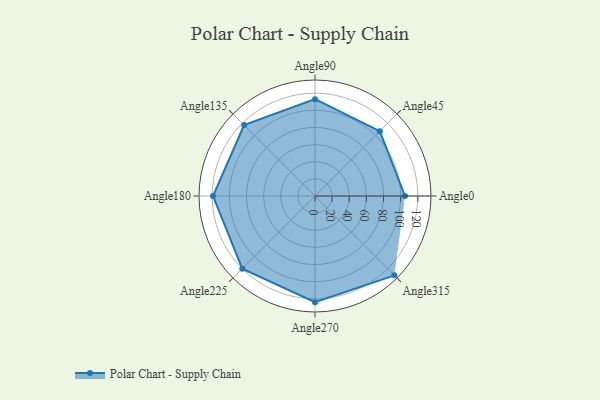
{"axis": {"x": "Angle", "y": "Radius"}, "legend": [""], "data": [{"x": "Angle0", "y": 105.0, "type": ""}, {"x": "Angle45", "y": 107.0, "type": ""}, {"x": "Angle90", "y": 113.0, "type": ""}, {"x": "Angle135", "y": 117.0, "type": ""}, {"x": "Angle180", "y": 119.0, "type": ""}, {"x": "Angle225", "y": 120.0, "type": ""}, {"x": "Angle270", "y": 124.0, "type": ""}, {"x": "Angle315", "y": 131.0, "type": ""}]}